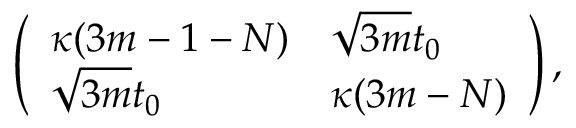
\left( \begin{array} { l l } { \kappa ( 3 m - 1 - N ) } & { \sqrt { 3 m } t _ { 0 } } \\ { \sqrt { 3 m } t _ { 0 } } & { \kappa ( 3 m - N ) } \end{array} \right) ,